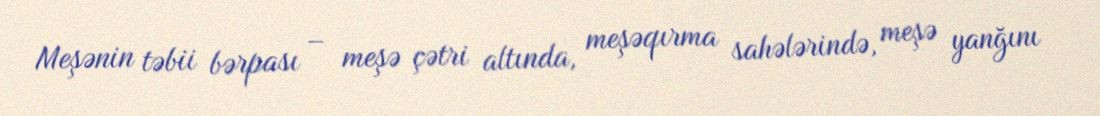
Meşənin təbii bərpası – meşə çətri altında, meşəqırma sahələrində, meşə yanğını